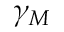
\gamma _ { M }